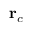
\mathbf { r } _ { c }